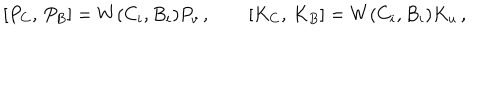
LaTeX: { } [ P _ { C } , \, P _ { B } ] = W ( C _ { i } , B _ { i } ) P _ { v } \, , \qquad [ K _ { C } , \, K _ { B } ] = W ( C _ { i } , B _ { i } ) K _ { u } \, ,